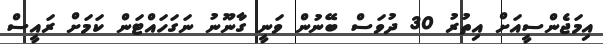
އިމަޖެންސީއަށް އިތުރު 30 ދުވަސް ބޭނުން ވަނީ ގާނޫނު ނަގަހައްޓަން ކަމަށް ރައީސް